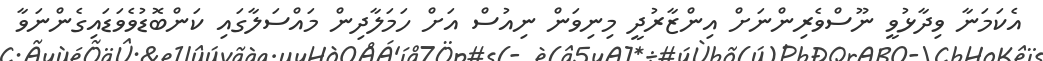
އެކަމަނާ ވިދާޅުވީ ނޫސްވެރިންނަށް އިންޒާރުދީ މިނިވަން ނިއުސް އަށް ހަމަލާދިން މައްސަލާގައި ކަންބޮޑުވެވަޑައިގެންނަވާ